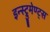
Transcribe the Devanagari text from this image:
इन्स्ट्रुमेण्ट्स